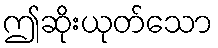
ဤဆိုးယုတ်သော